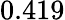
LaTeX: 0.419